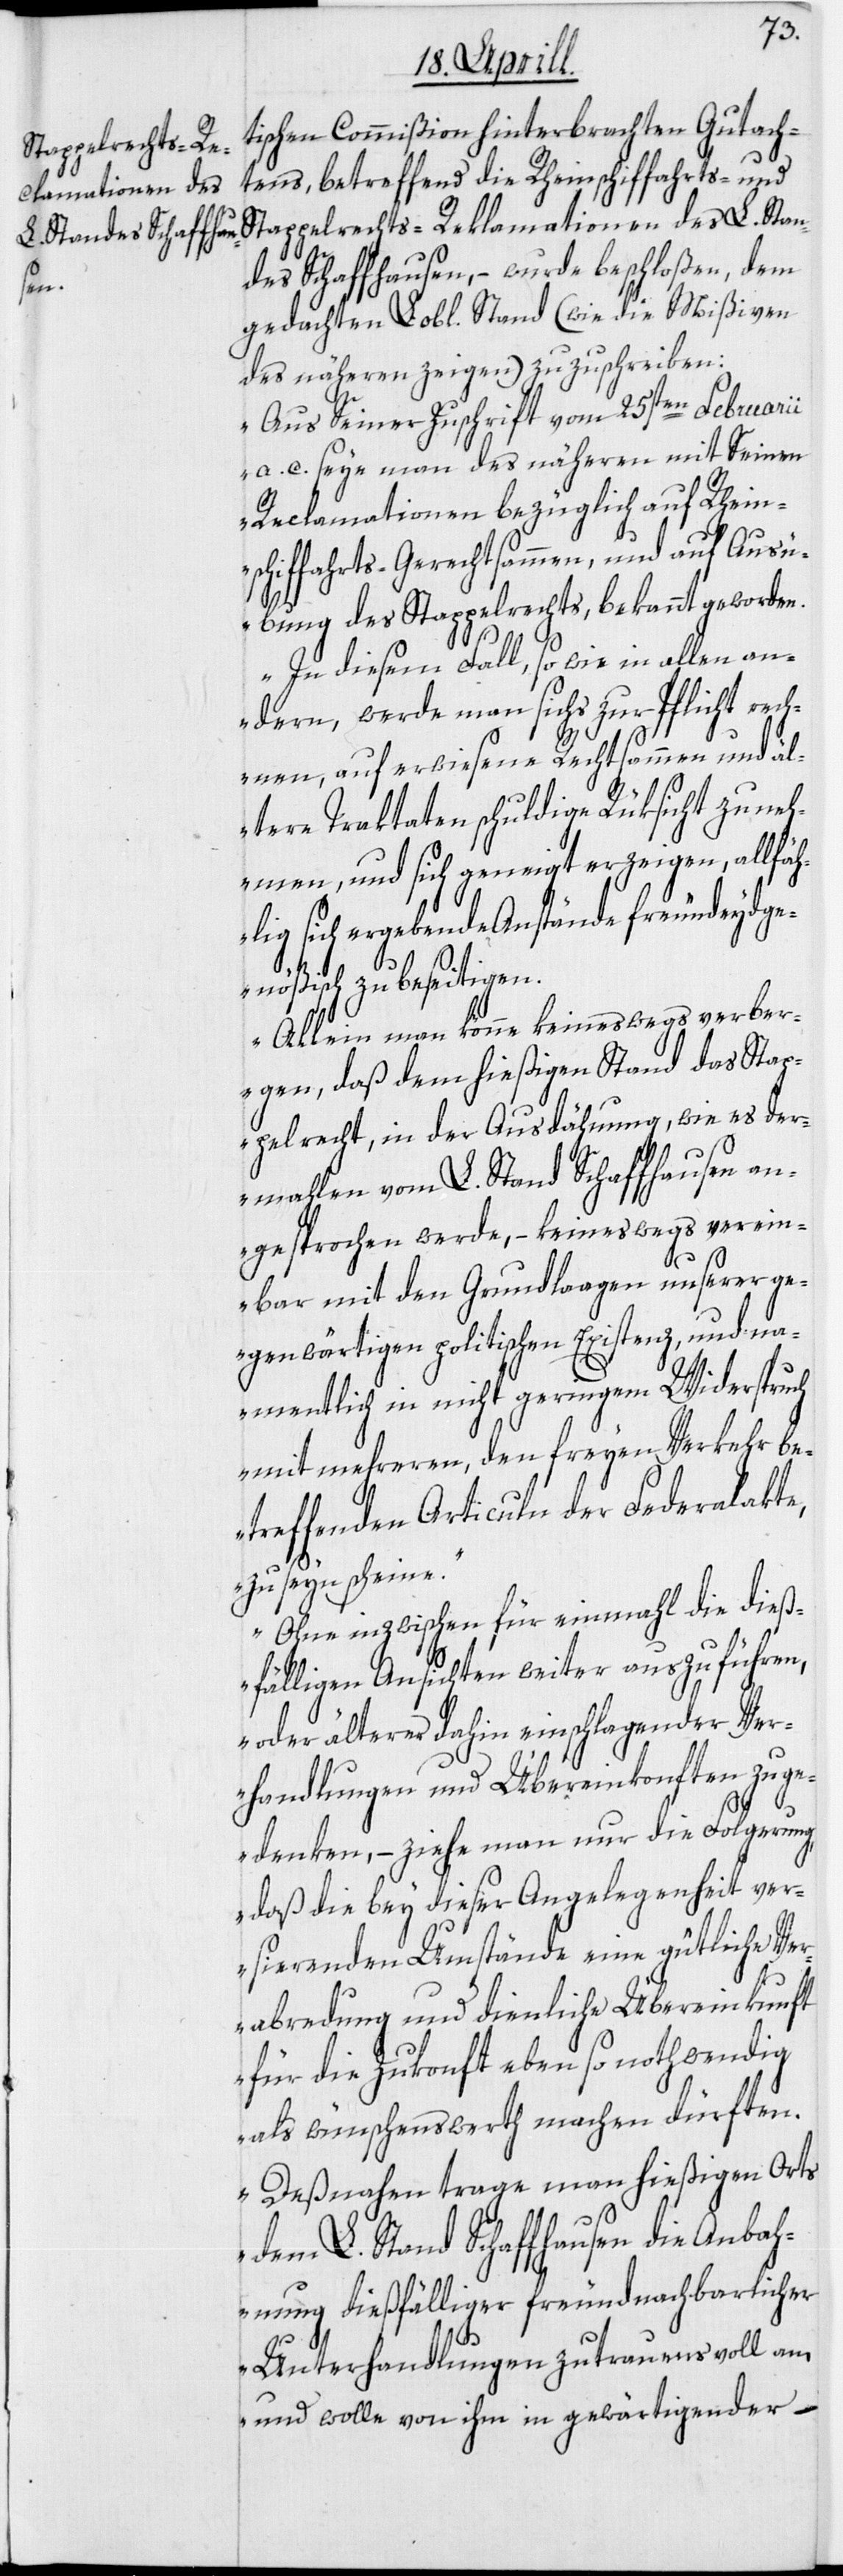
tischen Commißion hinterbrachten Gutach¬
Stappelrechts-Re¬
Stan¬
tens, betreffend die Rheinschiffahrts- und
klamationen des
des Schaffhausen, – wurde beschloßen, dem
gedachten Lobl. Stand (wie die Mißiven
des näheren zeigen) zuzuschreiben:
„Aus Seiner Zuschrift vom 25sten Februarii
a. c. seye man des näheren mit Seinen
Reclamationen bezüglich auf Rhein¬
schiffahrts-Gerechtsammen, und auf Ausü¬
bung des Stappelrechts, bekannt geworden.
In diesem Fall, so wie in allen an¬
dern, werde man sichs zur Pflicht rech¬
nen, auf erwiesene Rechtsammen und äl¬
tere Traktaten schuldige Rüksicht zu neh¬
men, und sich geneigt erzeigen, allfäh¬
lig sich ergebende Anstände freundeydge¬
nößisch zu beseitigen.
Allein man könne keineswegs verber¬
gen, daß dem hießigen Stand das Stap¬
pelrecht, in der Ausdähnung, wie es der¬
mahlen vom L. Stand Schaffhausen an¬
gesprochen werde, – keineswegs verein¬
bar mit den Grundlaagen unserer ge¬
genwärtigen politischen Existenz, und na¬
mentlich in nicht geringem Widerspruch
mit mehreren, den freyen Verkehr be¬
treffenden Articuln der Federalakte,
seyn scheine.
Ohne inzwischen für einmahl die dieß¬
fälligen Ansichten weiter auszuführen,
oder älterer dahin einschlagender Ver¬
handlungen und Übereinkonften zu ge¬
denken, – ziehe man nur die Folgerung,
daß die bey dieser Angelegenheit ver¬
sierenden Umstände eine gütliche Ve¬
rabredung und dienliche Übereinkunft
für die Zukonft eben so nothwendig
als wünschenswerth machen dürften.
Deßnahen trage man hießigen Orts
dem L. Stand Schaffhausen die Anbah¬
nung dießfälliger freundnachbarlicher
Unterhandlungen zutrauensvoll an,
und wolle von ihm in gewärtigender